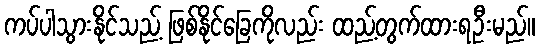
ကပ်ပါသွားနိုင်သည့် ဖြစ်နိုင်ခြေကိုလည်း ထည့်တွက်ထားရဦးမည်။